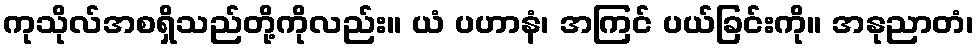
ကုသိုလ်အစရှိသည်တို့ကိုလည်း။ ယံ ပဟာနံ၊ အကြင် ပယ်ခြင်းကို။ အနုညာတံ၊